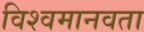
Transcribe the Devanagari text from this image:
विश्वमानवता